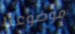
موضوعنا